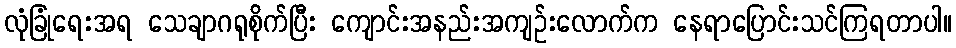
လုံခြုံရေးအရ သေချာဂရုစိုက်ပြီး ကျောင်းအနည်းအကျဉ်းလောက်က နေရာပြောင်းသင်ကြရတာပါ။